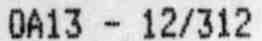
OA13 - 12/312